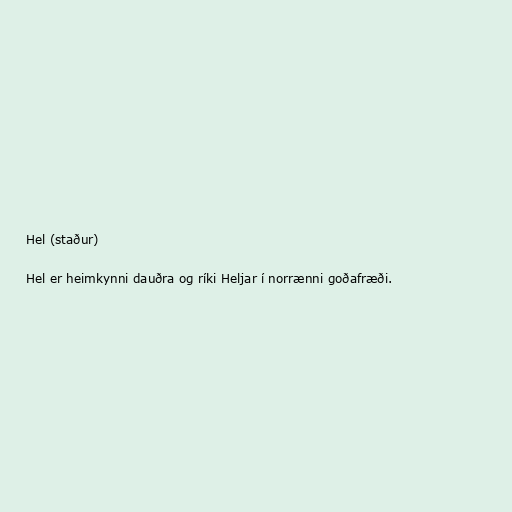
Hel (staður)

Hel er heimkynni dauðra og ríki Heljar í norrænni goðafræði.